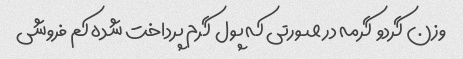
وزن گردو  گرمه در صورتی که پول  گرم پرداخت شده کم فروشی